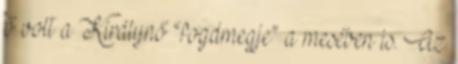
ő volt a Királynő “fogdmegje” a mesében is. Az